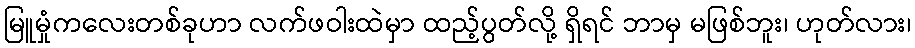
မြူမှုံကလေးတစ်ခုဟာ လက်ဖဝါးထဲမှာ ထည့်ပွတ်လို့ ရှိရင် ဘာမှ မဖြစ်ဘူး၊ ဟုတ်လား၊